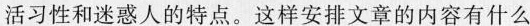
活习性和迷惑人的特点。这样安排文章的内容有什么